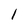
Character: 1